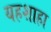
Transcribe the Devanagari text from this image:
यहशाहा